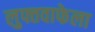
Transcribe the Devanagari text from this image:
लुफ्तवाफेला